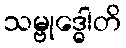
သမ္ဗုဒ္ဓေါတိ